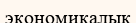
экономиқалық